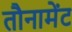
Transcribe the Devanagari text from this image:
तौनामेंट